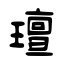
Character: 璮